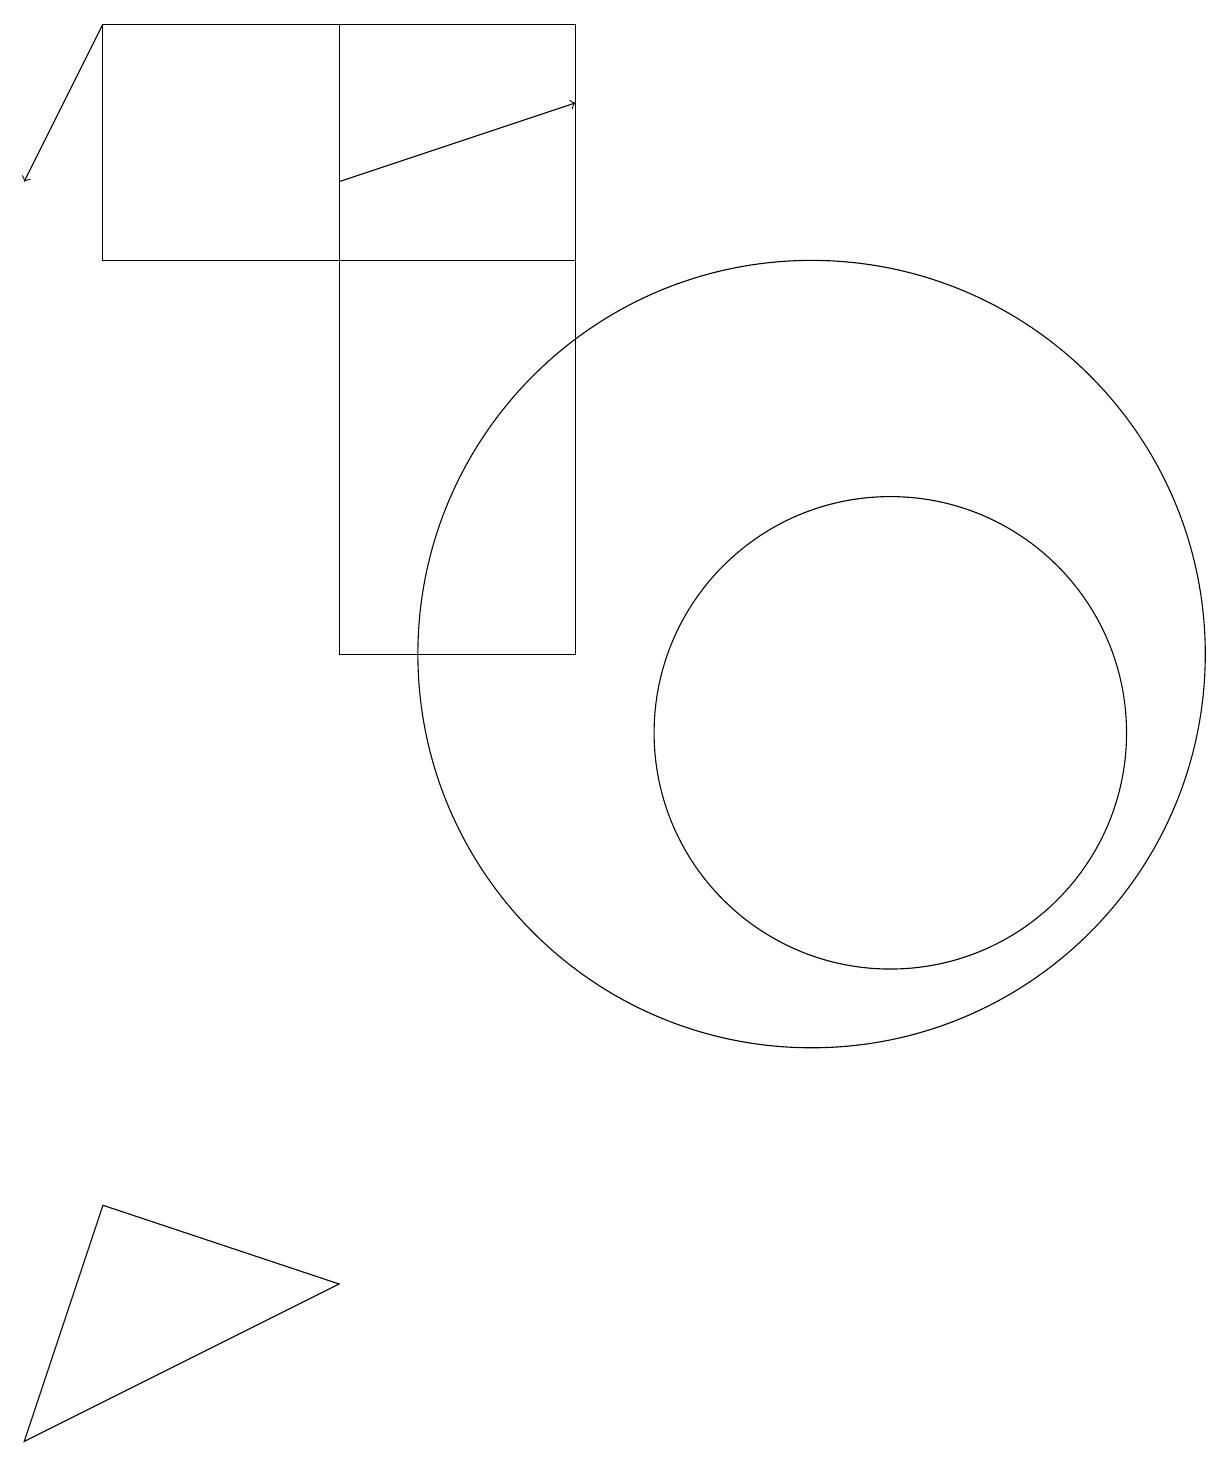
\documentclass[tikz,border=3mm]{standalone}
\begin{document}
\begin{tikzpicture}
\draw (4,3) -- (1,4) -- (0,1) -- cycle;
\draw[->] (1,19) -- (0,17);
\draw (4,19) rectangle (7,11);
\draw (11,10) circle (3);
\draw (10,11) circle (5);
\draw[->] (4,17) -- (7,18);
\draw (7,16) rectangle (1,19);
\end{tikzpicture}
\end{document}